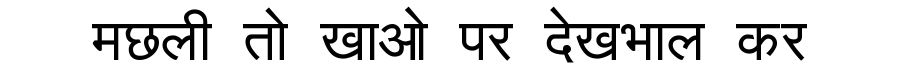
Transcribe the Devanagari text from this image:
मछली तो खाओ पर देखभाल कर